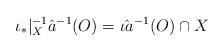
\begin{align*}\iota_*|_X^{-1}\hat{a}^{-1}(O) = \hat{\iota a}^{-1}(O)\cap X\end{align*}